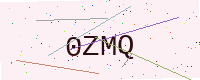
Text: 0ZMQ